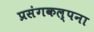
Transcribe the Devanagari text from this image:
प्रसंगकल्पना